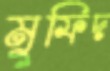
মুফিদ